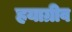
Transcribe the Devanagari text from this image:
हयाग्रीव